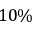
1 0 \%